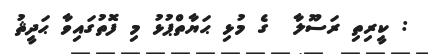
: ކީރިތި ރަސޫލާ  ގެ މުޅި ޙަޔާތްޕުޅު މި ފޮތުގައިވާ ޙަދީޘު